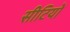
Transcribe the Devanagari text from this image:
सीटियों